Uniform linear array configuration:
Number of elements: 24
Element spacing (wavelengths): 1
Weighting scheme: binomial
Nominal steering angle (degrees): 60
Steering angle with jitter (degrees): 58.158
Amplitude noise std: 0.05
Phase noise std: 0.05

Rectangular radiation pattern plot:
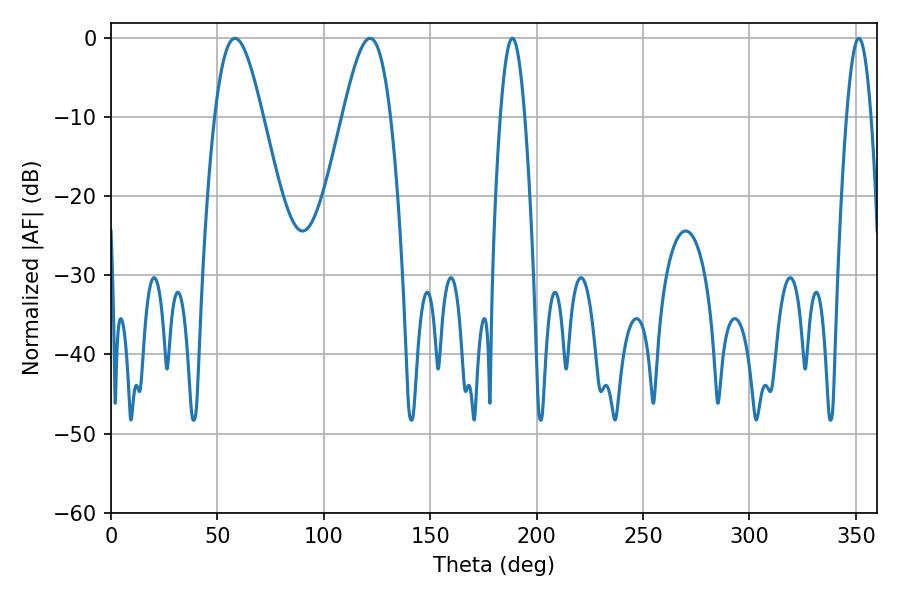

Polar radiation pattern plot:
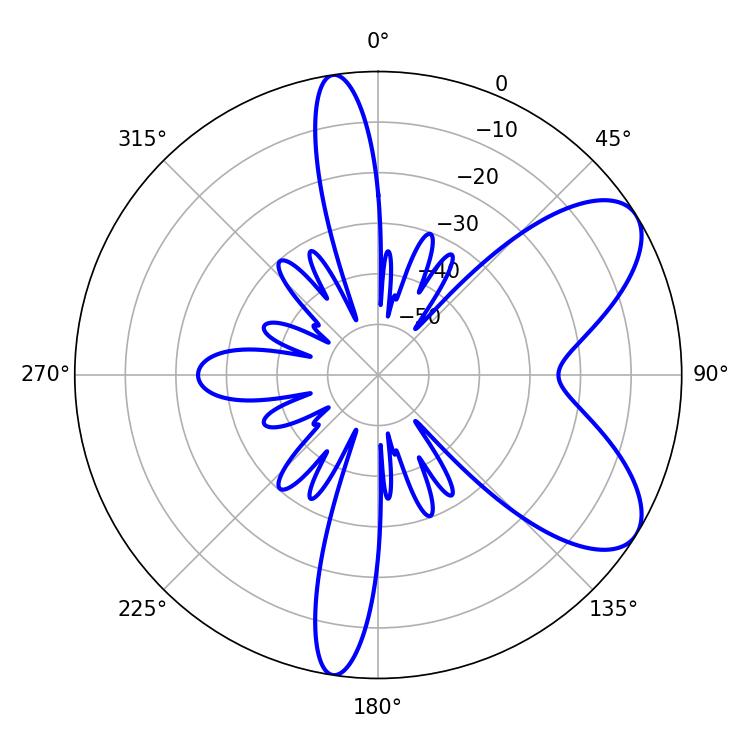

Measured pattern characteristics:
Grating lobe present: TRUE
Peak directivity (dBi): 7.423
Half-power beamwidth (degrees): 12.06
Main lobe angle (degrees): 58.32